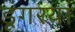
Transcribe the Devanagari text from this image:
डूंगरयां